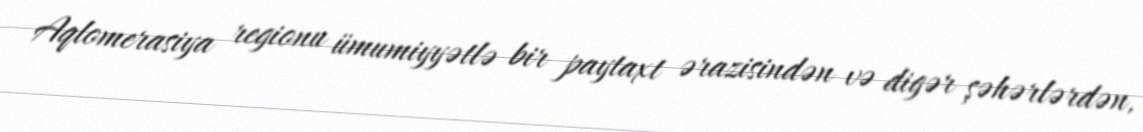
Aqlomerasiya regionu ümumiyyətlə bir paytaxt ərazisindən və digər şəhərlərdən,